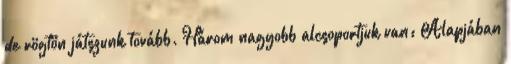
de rögtön játszunk tovább. Három nagyobb alcsoportjuk van: Alapjában